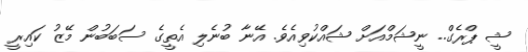
ޝީ ޕްރެގް.. ނީޝަމްއަށް ޝައްކުވިއެވެ. އޭނާ ބުނެލި އެތީގެ ސަބަބުން މޭޒު ކައިރީ